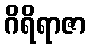
ဂိရိရာဇာ